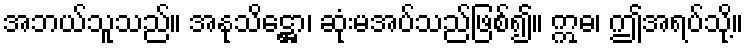
အဘယ်သူသည်။ အနုသိဋ္ဌော၊ ဆုံးမအပ်သည်ဖြစ်၍။ ဣဓ၊ ဤအရပ်သို့။